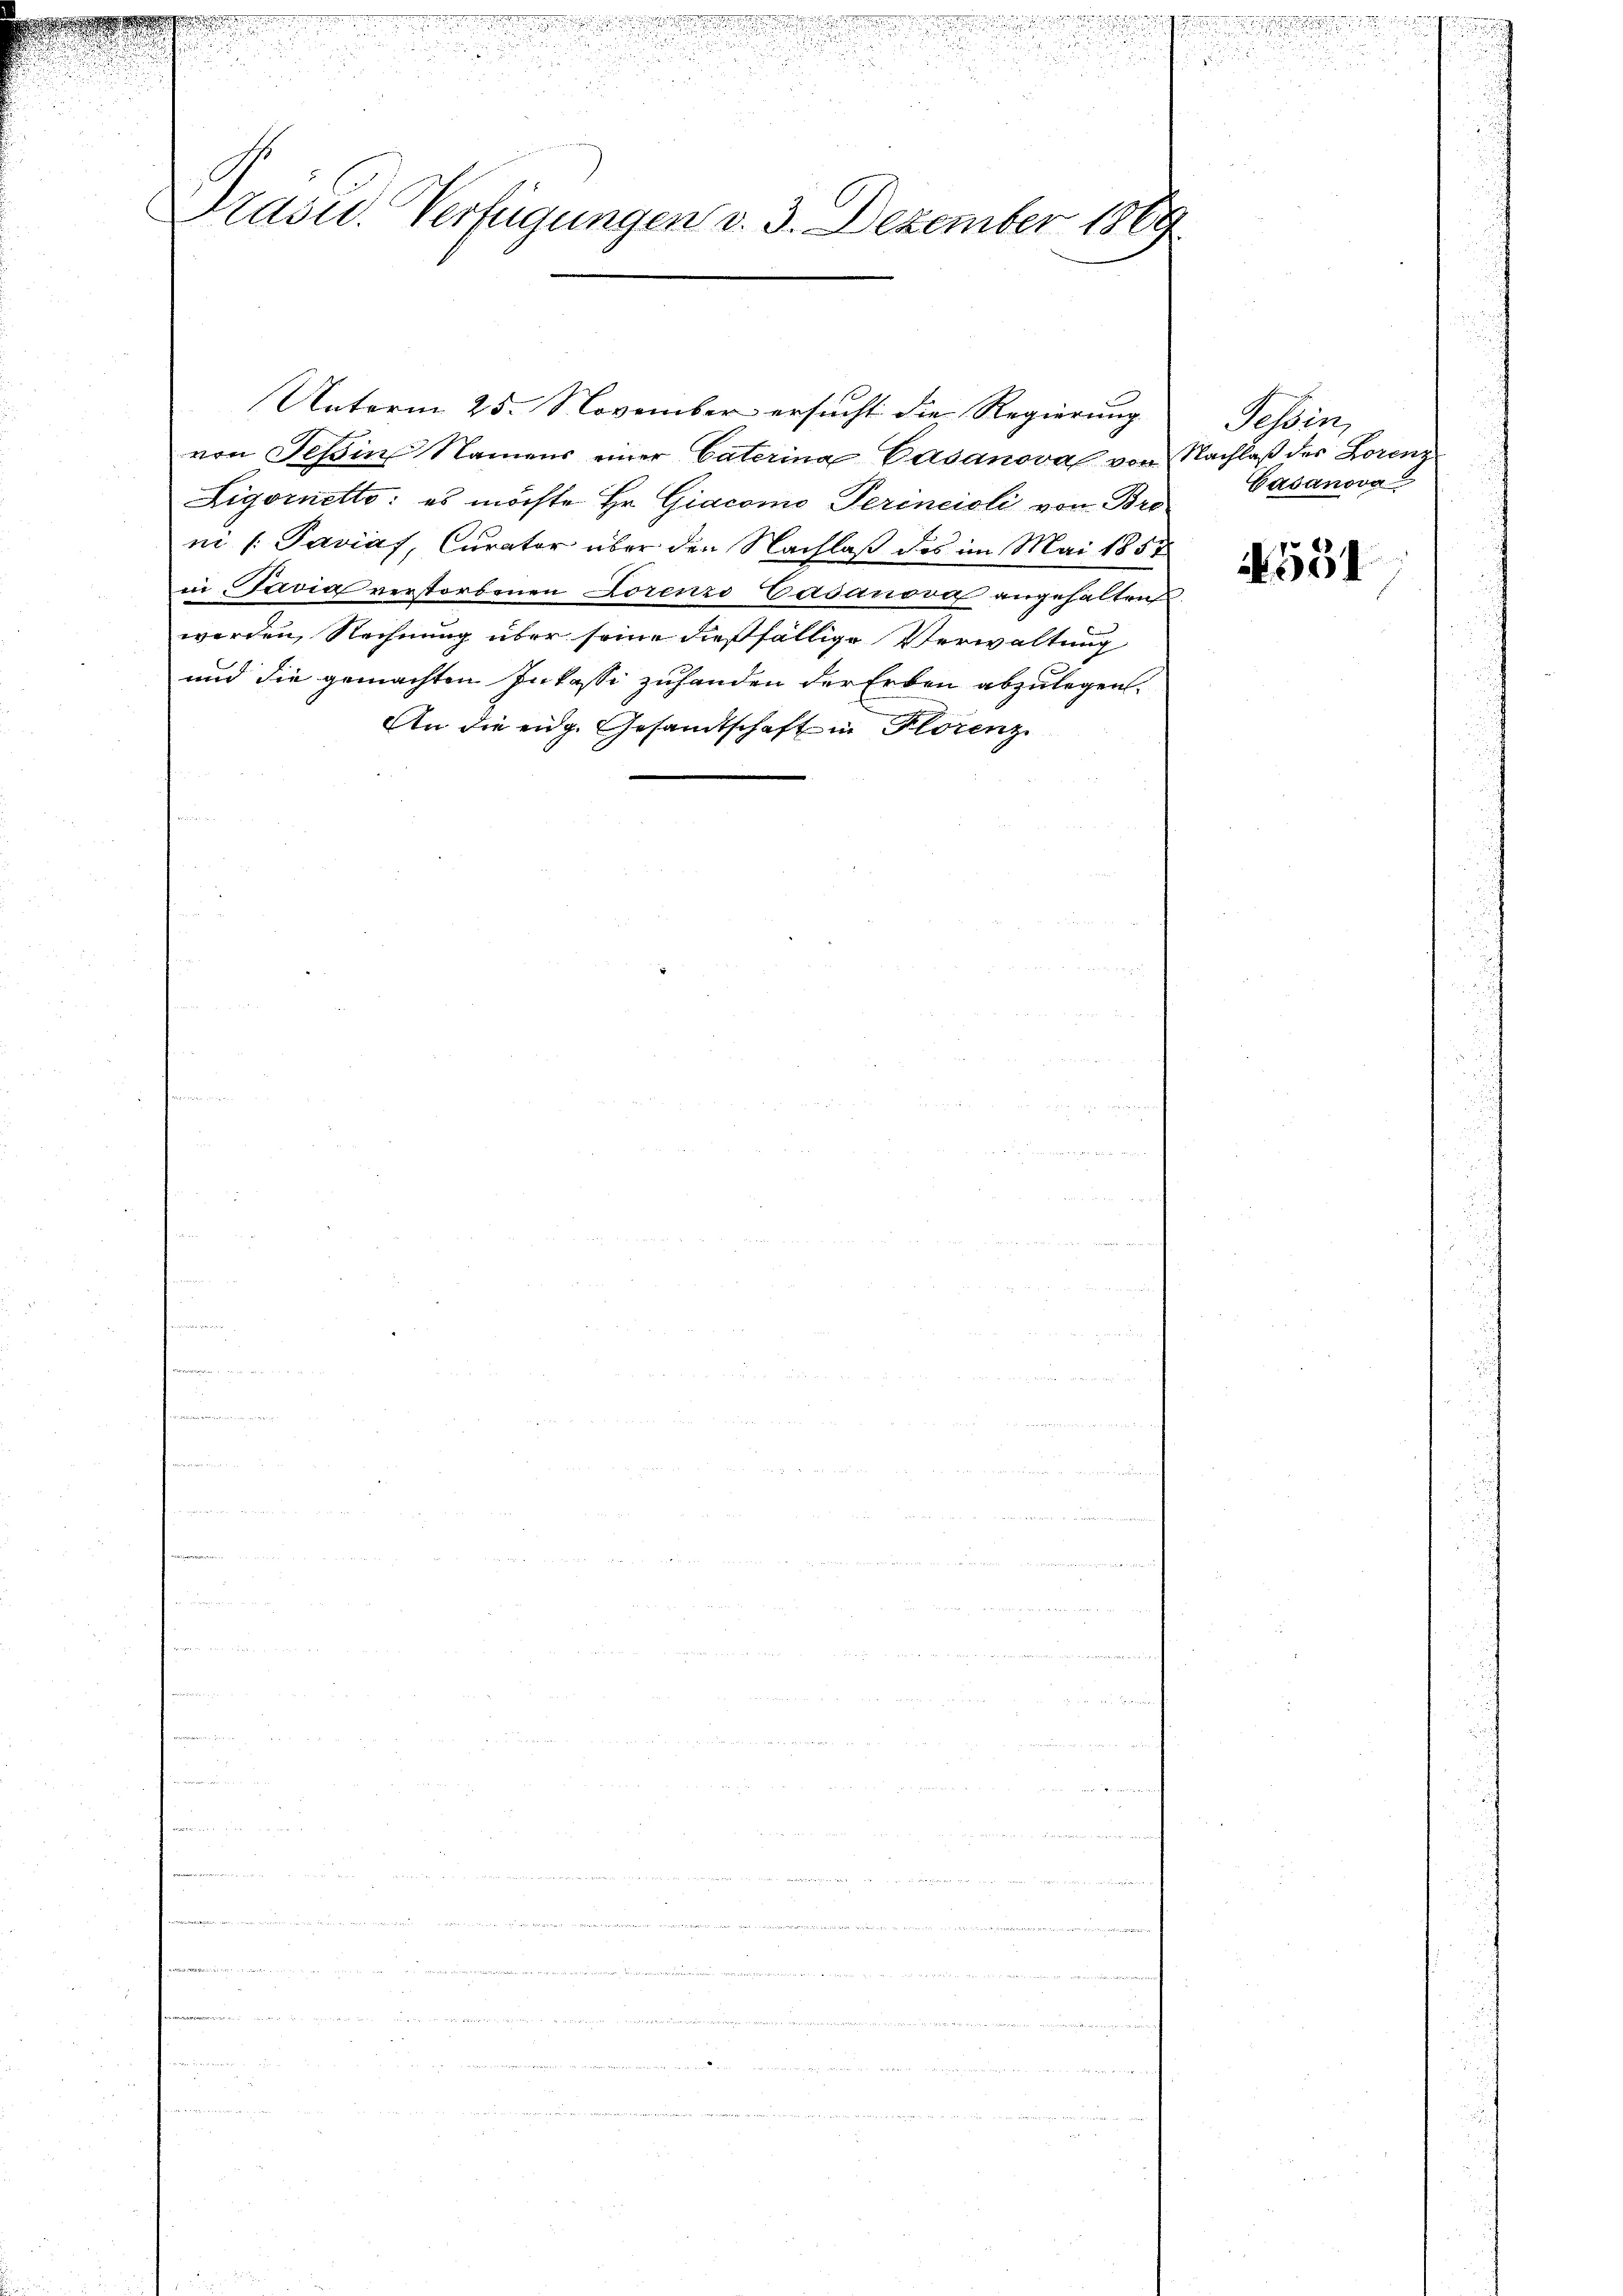
2

Präsid. Verfügungen v. 3. Dezember 1869

Unterm 25. November ersucht die Regierung
von Tessin Namens einer Caterina Casanovah von Nachlaß des Lorenz
Ligornetto: es möchte Hr. Giacomo Perineioli von Bro
ni /: Paviaf, Curator über den Nachlaß des im Mai 1857
i Pavia verstorbenen Lorenzo Vasanova angehalten
werden, Rechnung über seine dießfällige Verwaltung
und die gemachten Inkassi zuhanden der Erben abzulegen.
An die eidg. Gesandtschaft in Florenz

Fessen,
Gasanova

.
901